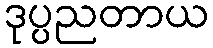
ဒုပ္ပညတာယ